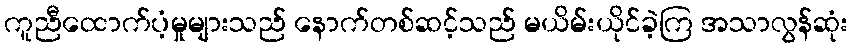
ကူညီထောက်ပံ့မှုများသည် နောက်တစ်ဆင့်သည် မယိမ်းယိုင်ခဲ့ကြ အသာလွန်ဆုံး